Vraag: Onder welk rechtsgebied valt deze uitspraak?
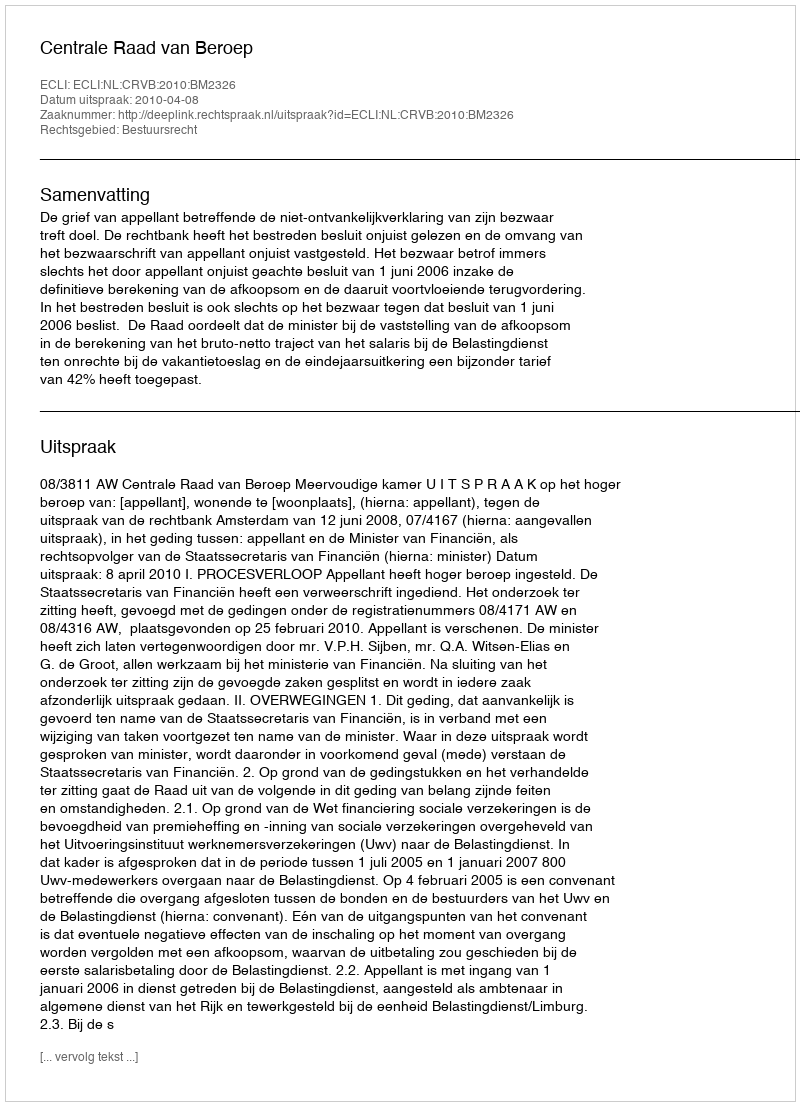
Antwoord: Bestuursrecht